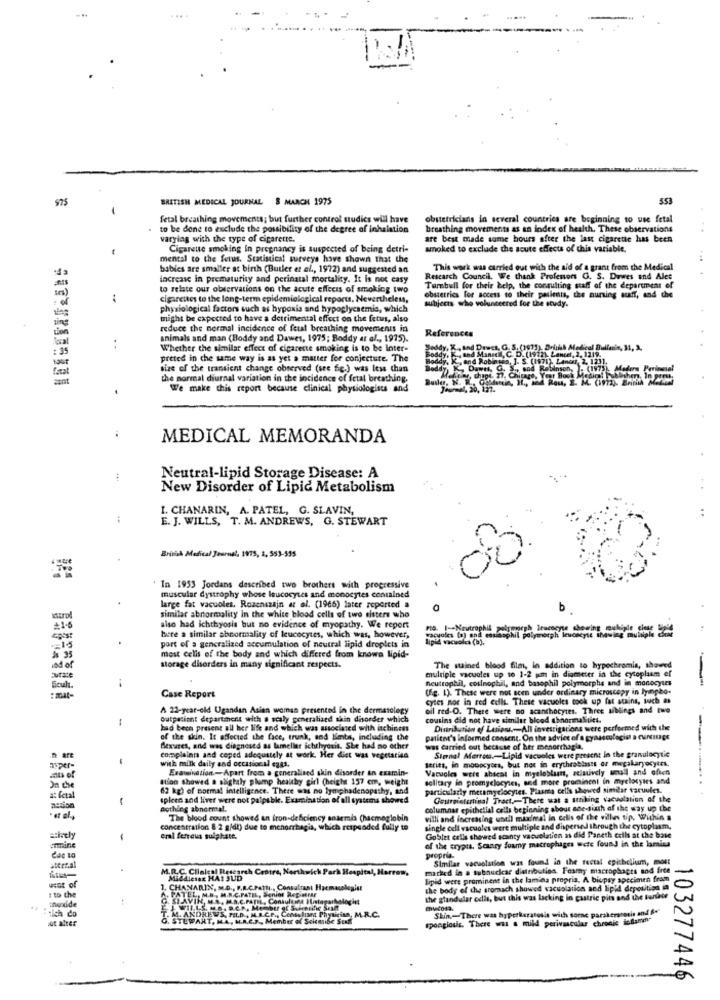
975
BRITISH MEDICAL JOURNAL S MARCH 1975
553
fetal breathing movements; but further control studics will have
obstetricians in several countries are beginning to use fetal
to be done to exclude the possibility of the degree of inhalation
breathing movements as an index of health. These observations
varying with the type of cigarette.
are best made some hours after the last cigarette has been
Cigarette smoking in pregnancy is suspected of being detri-
smoked to exclude the acute effects of this variable.
mental to the fetus. Statistical surveys have shown that the
babies are smaller at birth (Butler et al ., 1972) and suggested an
This work was carried out with the aid of a grant from the Medical
increase in prematurity and perinatal mortality. It is not easy
Research Council. We thank Profesion G. S. Dawes and Ales
tes)
to relate our observations on the acute effects of smoking two
Turnbull for their belp, the consulting staff of the department of
-.
cigarettes to the long-term epidemiological reports. Nevertheless,
obstetrics for access to their patients, the nursing auff, and the
subjects who volunteered for the study.
physiological factors such as hypoxia and hypoglycaemia, which
might be expected to have a detrimental effect on the fetus, also
reduce the normal incidence of fetal breathing movements in
local
animals and man (Boddy and Dawes, 1975; Boddy et al ., 1975).
References
Whether the similar effect of cigarette smoking is to be inter-
Soddy, K ., sad DEwet, G. S. (1971).
and Dewet, G. S. (1971). Druhuh Medical Bulle
and Mansell, C. D. (1972). Lancer, 2, 1219.
preted in the same way is as yet a matter for conjecture. The
and Robinsea, 1. S. (1971), Laner, 2, 1201.
size of the transient change observed (see fig.) was less than
sant
the normal diurnal variation in the incidence of fetal breathing,
We make this report because clinical physiologists and
MEDICAL MEMORANDA
Neutral-lipid Storage Disease: A
New Disorder of Lipid Metabolism
I. CHANARIN, A. PATEL, G. SLAVIN,
E. J. WILLS, T. M. ANDREWS, G. STEWART
British Medical Journal, 1975, 2, 553-555
' In 1953 Jordans described two brothers with progressive
muscular dystrophy whose leucocytes and monocytes contained
similar abnormality in the white blood cells of two sisters who
large fat vacuoles. Rozenszajn at al. (1966) later reported a
b
+16
also had ichthyosis but no evidence of myopathy. We report
FIG. 1 -- Neutrophil polymegh leucocyte showing muliple ciste
bure a similar abnormality of leucocytes, which was, however,
vacuoles (a) and essiasphil polymorph Icudseyse thawing multiple
lipid vacuoles (b).
port of a generalized accumulation of neutral lipid droplets in
most celis of the body and which differed from knowa lipid-
ind of
storage disorders in many significant respects.
The stained blood film, in addition to hypochromia, showed
..
multiple vacuoles up to 1-2 mm in diameter in the cytoplasm ef
neutrophil, cosinophil, and basophil polymorphe and in monocytes
(fg. 1). These were not scen under ordinary microscopy in lyingho-
Case Report
cytes nor in red cells. These vacuoles took up fat stains, such as
A 22-year-old Ugandan Asian woman presented in the dermatology
oil red-O. There were no acanthocytes. Three siblings and two
outpatient departament with a scaly generalized shin disorder which
cousins did not have similar blood abnormaluitt.
bad been present all her life and which was associated with ichiness
Distribution of Lusions .- All investigations were performed with the
of the skin. It affected the face, trunk, and limbs, including the
patient's informed consent. On the advice of a gynaecologie a CurIDEE
flexuses, and was diagnosed as lameller ichthyosit. She had no other
was carried out because of her menorrhagia.
n are
complainn and coped adequately at work. Her diet was vegetarian
series, in monocytes, but not in erythroblasts or megakaryocytes.
Sternal Merroma,Lipid vacuoles were present In the granulocytie
asper-
with milk daily and occasional cass.
Examination-Apart from a generalized skin disorder an examin-
Vacuoles were ahicat in myeloblum, relatively small and often
ation showed a alighaly plump healthy girl (height 157 cm, weight
solitary in promyclocyics, and more promincal in myelocyirs and
62 kg) of normal intelligence. There was no lymphadenopathy, and
particularly metamyelocytes. Plasma cells showed similar taruules.
a: fetal
spleen and liver were not palpable. Examination of all systems showed
Gourgistertinal Tract ,- There wat a stking vacualalion of the
===.........
azúon
nothing abnormal.
columnas epithelial cells beginning about ade-Jih of the way up the
" at al,
The blood count showed an iron-deficiency anaemis (hacmoglobin
villi and increasing until maximal in colis of the villans op. Within a
concentration 8 2 g/dl) due to menorrhagia, which responded fully to
single cell vacuoles were multiple and dispersed through the cytoplasm,
-
eral ferreus sulphate.
Goblet cells showed scanty vacuolatien as did Paneth cells at the base
of the crypta, Scanry foamy macrophages were found in the lamina
mine
propria-
Similar vacuolation was found in the rectal epithelium, most
astral
M.R.C. Clinical Research Centre, Northwich Park Hospital, Harren,
marked in a subnuclear distribution. Foamy macrophages and free
Middlesex HAI JUD
lipid were prominent in the lamina propria. A biopsy specimen fram
CHANARIN, M.D ., F.A.C.Patlı ., Consultant Hacmacologist
the body of the sromach showed vacuolation ned lipid deposition ia
: to the
PATEL, M.E. M.R.C.PATIL, Senior Rep-Mise
DAVIN, MA. M.A.C.PATIL, Consultant Histopsikologhet
the glandular cdis, but this was lacking in gastric pits and the beruse
tich co
Shin-There was hyperkeratosis with sorne parakeratosis and f."
ot alter
STEWART, MA, H.A.C.R ., Member of Sekemside Sexa
ANDREWS, FILD ., M.I.C.F ., Centslunt Physiciso, M.R.C.
spongiosis. There was a mild perivascular chronic inflamen:
103277446